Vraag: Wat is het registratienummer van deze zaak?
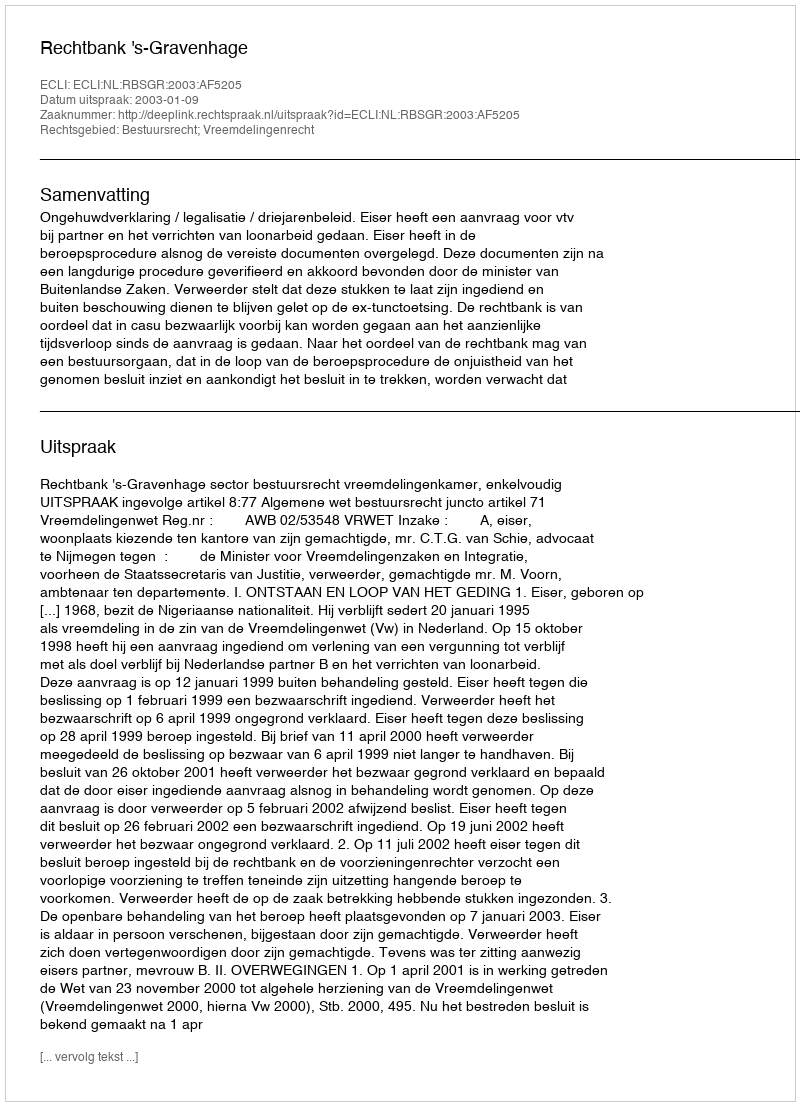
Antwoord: http://deeplink.rechtspraak.nl/uitspraak?id=ECLI:NL:RBSGR:2003:AF5205